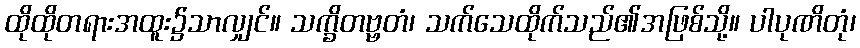
ထိုထိုတရားအထူး၌သာလျှင်။ သက္ခိတဗ္ဗတံ၊ သက်သေထိုက်သည်၏အဖြစ်သို့။ ပါပုဏိတုံ၊